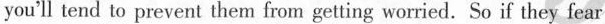
you'll tend to prevent them from getting worried. So if they fear